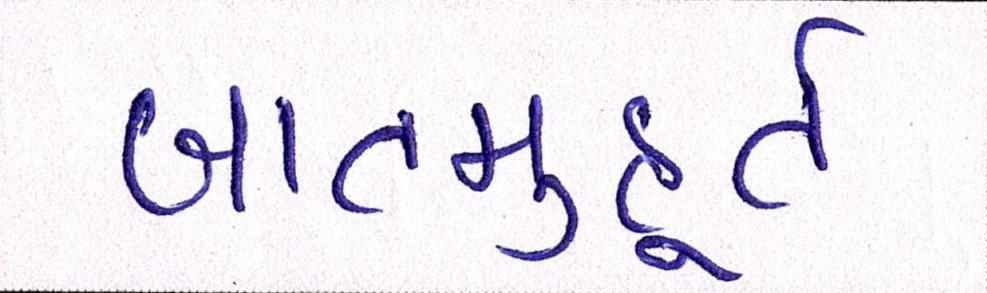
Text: ખાતમુહૂર્ત